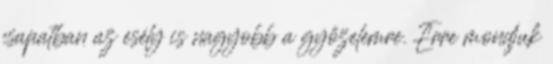
csapatban az esély is nagyobb a győzelemre. Erre mondjuk